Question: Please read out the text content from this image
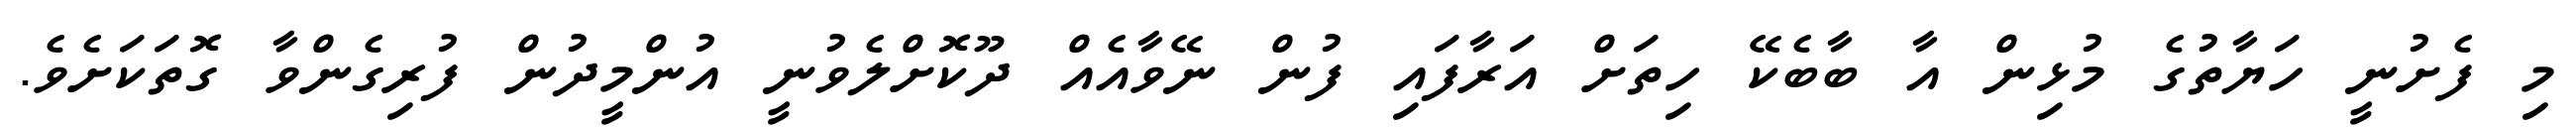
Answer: މި ފެށުނީ ހަޔާތުގެ މުޅިން އާ ބާބެކޭ ހިތަށް އަރާފައި ފުން ނޭވާއެއް ދޫކޮށްލެވުނީ އުންމީދުން ފުރިގެންވާ ގޮތަކަށެވެ.